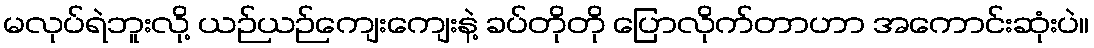
မလုပ်ရဲဘူးလို့ ယဉ်ယဉ်ကျေးကျေးနဲ့ ခပ်တိုတို ပြောလိုက်တာဟာ အကောင်းဆုံးပဲ။